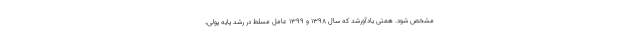
مشخص شود. همتی یادآورشد که سال ۱۳۹۸ و ۱۳۹۹ عامل مسلط در رشد پایه پولی،